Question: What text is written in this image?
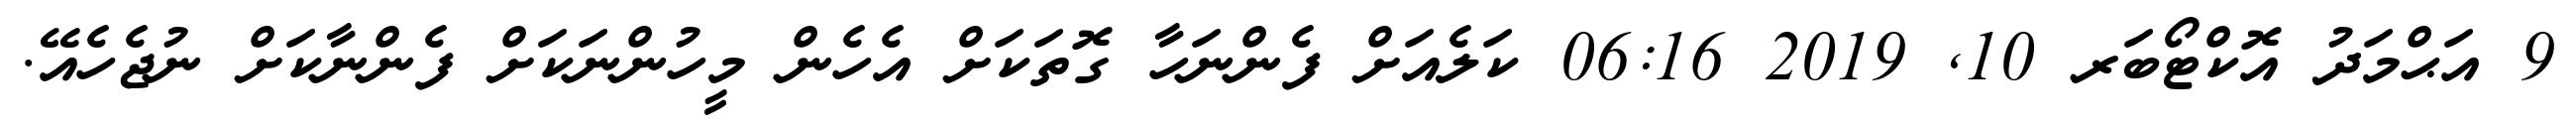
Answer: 9 އަޙްމަދު އޮކްޓޯބަރ 10, 2019 06:16 ކަލެއަށް ފެންނަހާ ގޮތަކަށް އެހެން މީހުންނަކަށް ފެންނާކަށް ނުޖެހެއޭ.